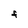
Character: F